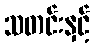
သတင်းနှင့်